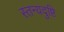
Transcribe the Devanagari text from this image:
स्तन्यदुष्टि